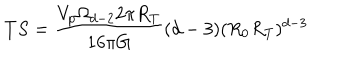
T S = \frac { V _ { p } \Omega _ { d - 2 } 2 \pi R _ { T } } { 1 6 \pi G } ( d - 3 ) ( R _ { 0 } R _ { T } ) ^ { d - 3 }